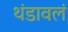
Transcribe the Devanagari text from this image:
थंडावलं